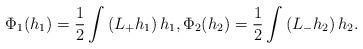
LaTeX: \begin{align*}\Phi_1(h_1)= \frac{1}{2} \int \left( L_+ h_1 \right)h_1 , \Phi_2(h_2)= \frac{1}{2} \int \left( L_- h_2 \right)h_2.\end{align*}